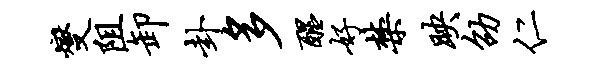
燮阻卸卦多醒好禁映劭仁